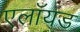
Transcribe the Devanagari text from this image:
एलॉयड